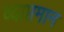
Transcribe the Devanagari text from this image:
व्याप्तमान